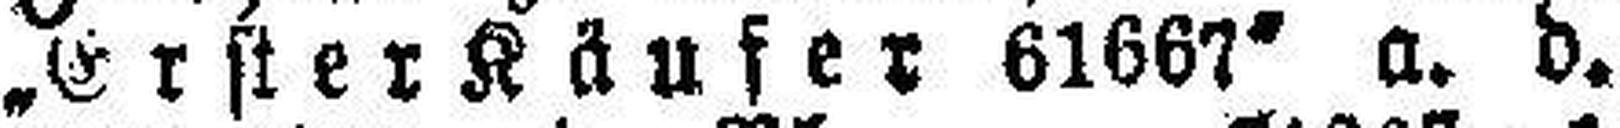
„Erster Käufer 61667" a. d.